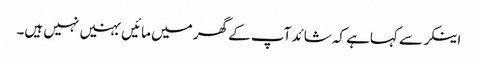
اینکر سے کہاہے کہ شائد آپ کے گھر میں مائیں بہنیں نہیں ہیں۔